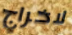
لاخراج